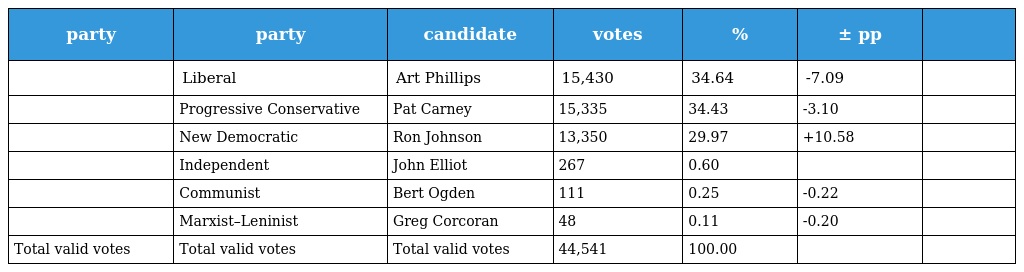
| party | party | candidate | votes | % | ± pp |  |
 | --- | --- | --- | --- | --- | --- | --- |
 |  | Liberal | Art Phillips | 15,430 | 34.64 | -7.09 |  |
 |  | Progressive Conservative | Pat Carney | 15,335 | 34.43 | -3.10 |  |
 |  | New Democratic | Ron Johnson | 13,350 | 29.97 | +10.58 |  |
 |  | Independent | John Elliot | 267 | 0.60 |  |  |
 |  | Communist | Bert Ogden | 111 | 0.25 | -0.22 |  |
 |  | Marxist–Leninist | Greg Corcoran | 48 | 0.11 | -0.20 |  |
 | Total valid votes | Total valid votes | Total valid votes | 44,541 | 100.00 |  |  |